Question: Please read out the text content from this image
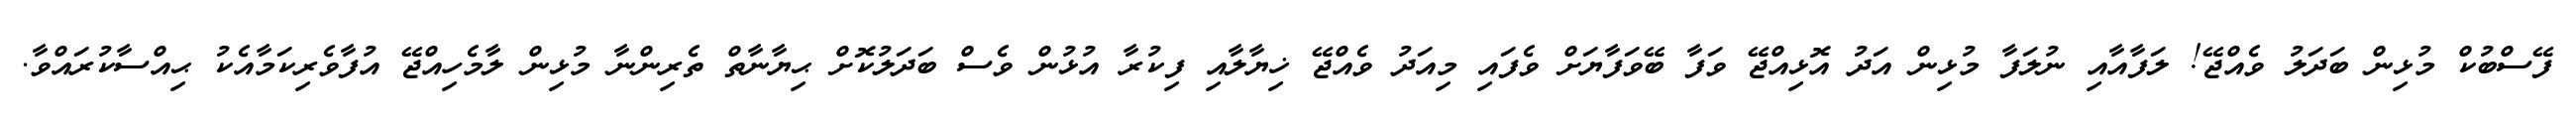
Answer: ފޭސްބުކް މުޅިން ބަދަލު ވެއްޖޭ! ލަފާއާއި ނުލަފާ މުޅިން އަދު އޮޅިއްޖޭ ވަފާ ބޭވަފާޔަށް ވެފައި މިއަދު ވެއްޖޭ ޚިޔާލާއި ފިކުރާ އުޅުން ވެސް ބަދަލުކޮށް ޙިޔާނާތް ތެރިންނާ މުޅިން ލާމެހިއްޖޭ އުފާވެރިކަމާއެކު ޙިއްސާކުރައްވާ.